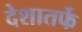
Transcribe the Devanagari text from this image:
देशातर्फे